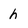
Character: h